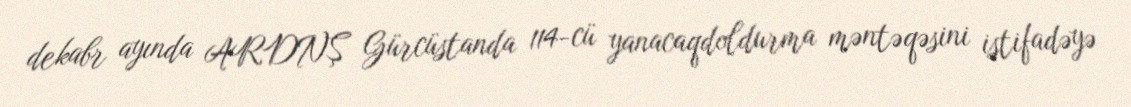
dekabr ayında ARDNŞ Gürcüstanda 114-cü yanacaqdoldurma məntəqəsini istifadəyə